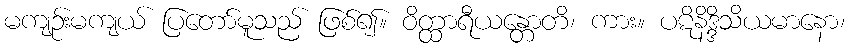
မကျဉ်းမကျယ် ပြတော်မူသည် ဖြစ်၍။ ဝိတ္ထာရီယန္တောတိ၊ ကား။ ပဋိနိဒ္ဒိသိယမာနော၊